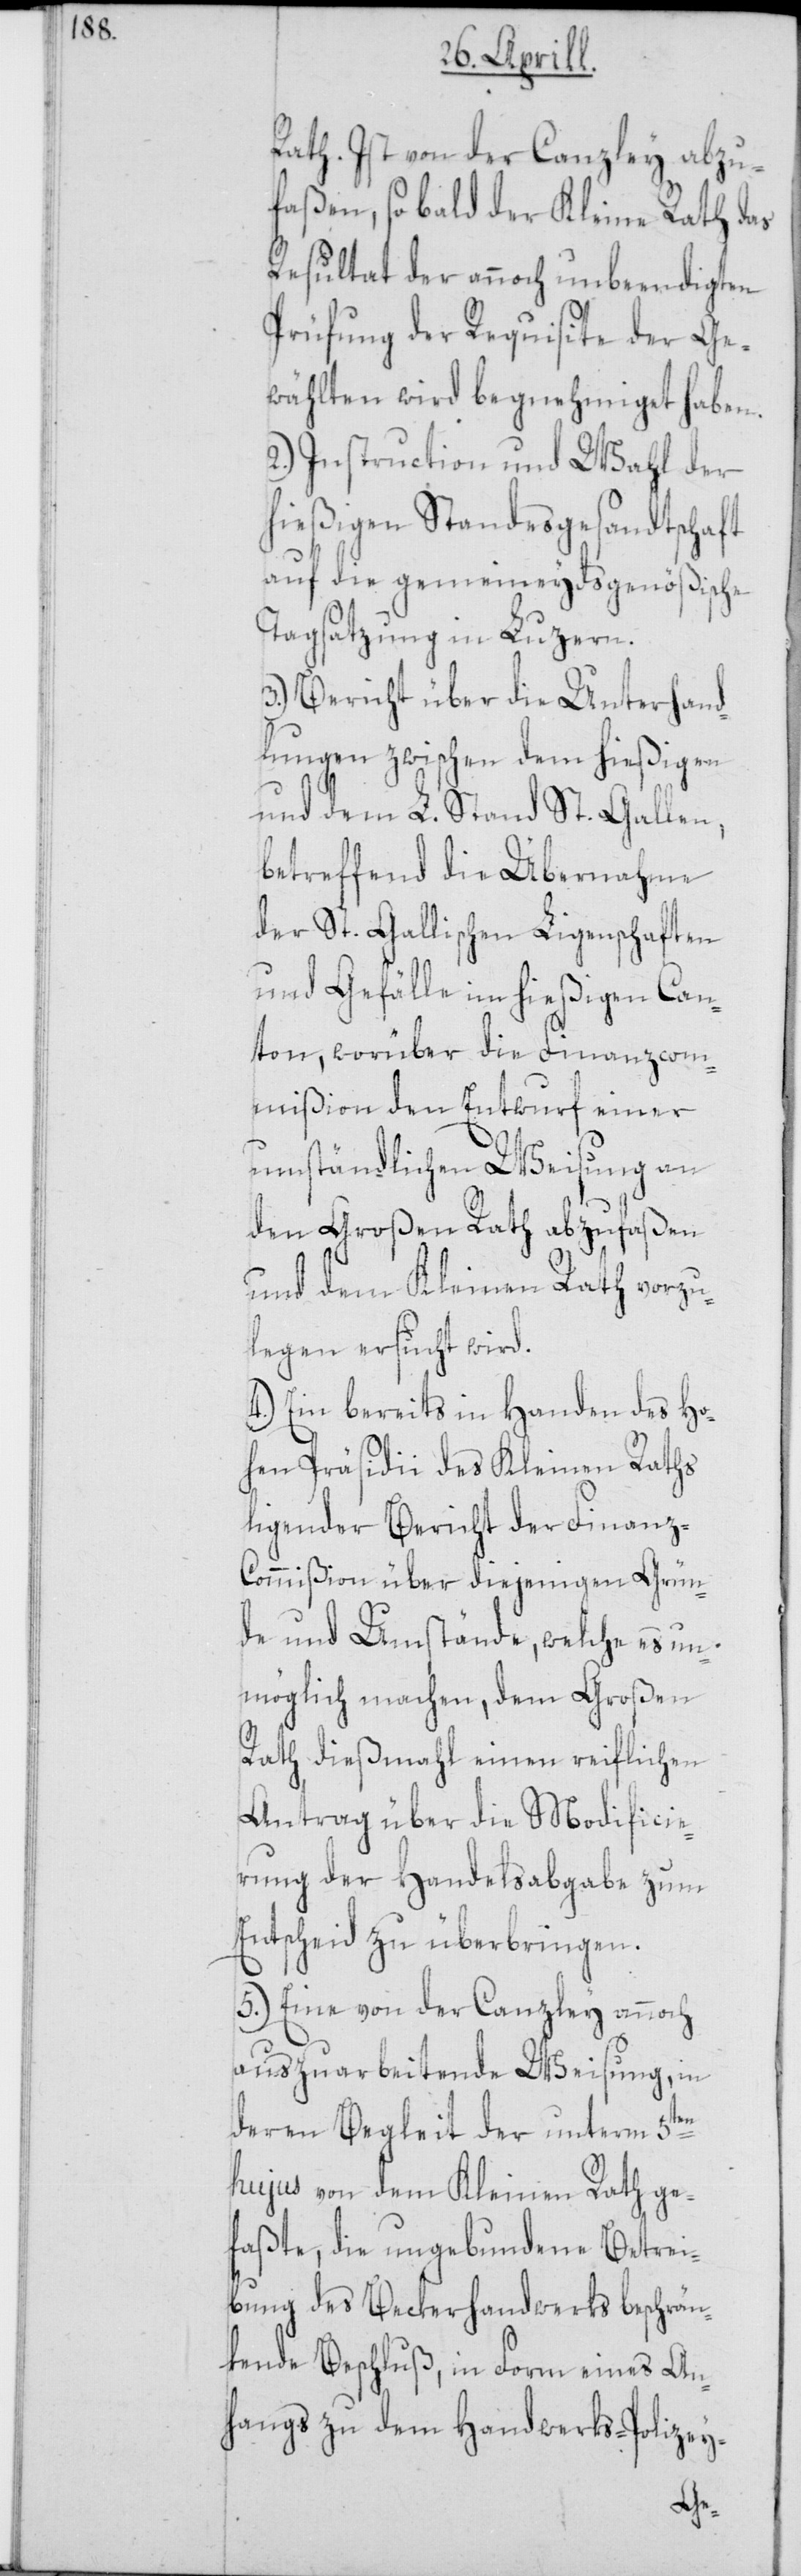
Rath. Ist von der Canzley abzu¬
faßen, sobald der Kleine Rath das
Resultat der annoch unbeendigten
Prüfung der Requisite der Ge¬
wählten wird begnehmiget haben.
2.) Instruction und Wahl der
hießigen Standesgesandtschaft
auf die gemeineydsgenößische
Tagsatzung in Luzern.
3.) Bericht über die Unterhand¬
lungen zwischen dem hießigen
und dem L. Stand St. Gallen,
betreffend die Übernahme
der St. Gallischen Ligenschaften
und Gefälle im hießigen Can¬
ton, worüber die Finanzcom¬
mißion den Entwurf einer
umständlichen Weisung an
den Großen Rath abzufaßen
und dem Kleinen Rath vorzu¬
legen ersucht wird.
4.) Ein bereits in Handen des Ho¬
hen Präsidii des Kleinen Raths
ligender Bericht der Finanz-C¬
ommißion über diejenigen Grün¬
de und Umstände, welche es un¬
möglich machen, dem Großen
Rath diesmahl einen reiflichen
Antrag über die Modificie¬
rung der Handelsabgabe zum
Entscheid zu überbringen.
5.) Eine von der Canzley annoch
auszuarbeitende Weisung, in
deren Begleit der unterm 5ten
hujus von dem Kleinen Rath ge¬
faßte, die ungebundene Betrei¬
bung des Beckerhandwerks beschrän¬
kende Beschluß, in Form eines An¬
hangs zu dem Handwerks-Polizey-